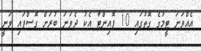
އެއްވަނަ ޓީމުގެ ގޮތުގައި 10 ޕޮއިންޓާ އެކު ދެވަނަ ބުރަށް ގޮސްފައި ވަނީ